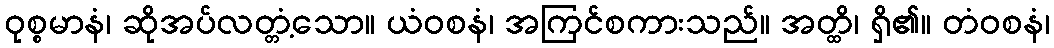
ဝုစ္စမာနံ၊ ဆိုအပ်လတ္တံ့သော။ ယံဝစနံ၊ အကြင်စကားသည်။ အတ္ထိ၊ ရှိ၏။ တံဝစနံ၊